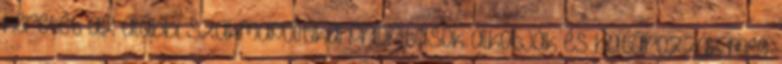
keretét az alábbi szakmapolitikai prioritások alkotják és határozzák meg: